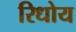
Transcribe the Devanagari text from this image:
रिधोय